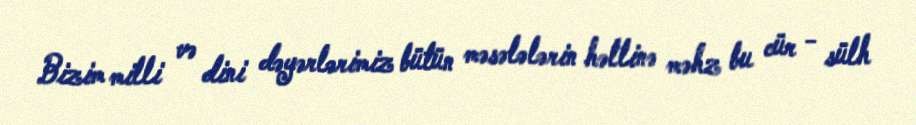
Bizim milli və dini dəyərlərimiz bütün məsələlərin həllinə məhz bu cür - sülh